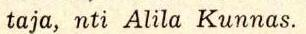
taja, nti Alila Kunnas.